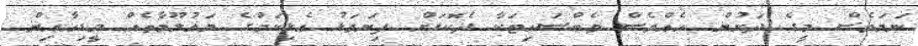
ނަމަވެސް މީގެ ދަށުން އެއްވެސް ވެބްސައިޓަކާ ދެކޮޅަށް ފިޔަވަޅު އެޅިކަމުގެ މައުލޫމާތެއް މީޑިއާއިން